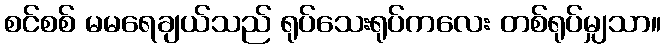
စင်စစ် မမရေချယ်သည် ရုပ်သေးရုပ်ကလေး တစ်ရုပ်မျှသာ။